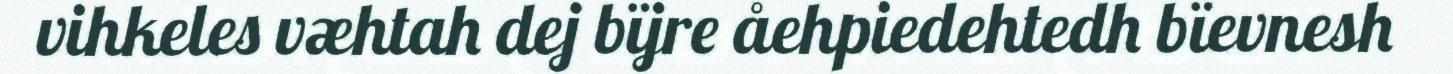
vihkeles væhtah dej bïjre åehpiedehtedh bïevnesh